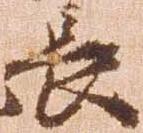
長